Report on the administration of the Government Cinchona Department 1892-98
Year: 1892
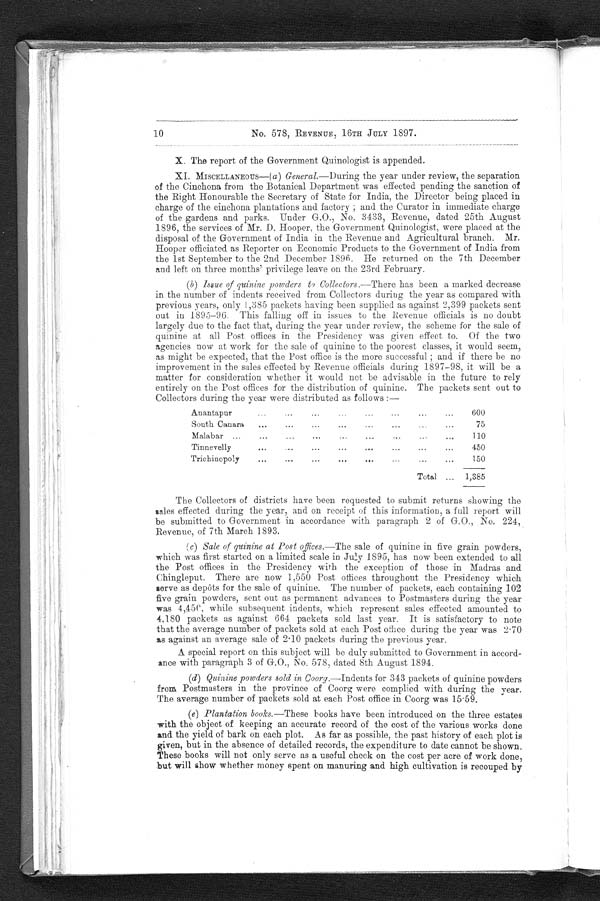
No. 578, REVENUE, 16TH JULY 1897.
X. The report of the Government Quinologist is appended.
XI. MISCELLANEOUS—( a ) General.—During the year under review, the separation
of the Cinchona from the Botanical Department was effected pending the sanction of
the Right Honourable the Secretary of State for India, the Director being placed in
charge of the cinchona plantations and factory ; and the Curator in immediate charge
of the gardens and parks. Under G.O., No. 3433, Revenue, dated 25th August
1896, the services of Mr. D. Hooper, the Government Quinologist, were placed at the
disposal of the Government of India in the Revenue and Agricultural branch. Mr.
Hooper officiated as Reporter on Economic Products to the Government of India from
the 1st September to the 2nd December 1896. He returned on the 7th December
and left on three months' privilege leave on the 23rd February.
( b ) Issue of quinine powders to Collectors .—There has been a marked decrease
in the number of indents received from Collectors during the year as compared with
previous years, only 1,385 packets having been supplied as against 2,399 packets sent
out in 1895–96. This falling off in issues to the Revenue officials is no doubt
largely due to the fact that, during the year under review, the scheme for the sale of
quinine at all Post offices in the Presidency was given effect to. Of the two
agencies now at work for the sale of quinine to the poorest classes, it would seem,
as might be expected, that the Post office is the more successful ; and if there be no
improvement in the sales effected by Revenue officials during 1897–98, it will be a
matter for consideration whether it would not be advisable in the future to rely
entirely on the Post offices for the distribution of quinine. The packets sent out to
Collectors during the year were distributed as follows :—
Anantapur
..
...
...
...
...
600
South Canara
...
...
...
...
...
...
...
...
75
Malabar ...
...
...
...
...
...
...
...
...
110
Tinnevelly
...
...
...
...
...
...
...
450
Trichinopoly
... • • •
...
...
...
...
...
...
150
Total ...
1,385
The Collectors of districts have been requested to submit returns showing the
sales effected during the year, and on receipt of this information, a full report will
be submitted to Government in accordance with paragraph 2 of G.O., No. 224,
Revenue, of 7th March 1893.
(c) Sale of quinine at Post offices .—The sale of quinine in five grain powders,
which was first started on a limited scale in July 1895, has now been extended to all
the Post offices in the Presidency with the exception of those in Madras and
Chingleput. There are now 1,550 Post offices throughout the Presidency which
serve as depôts for the sale of quinine. The number of packets, each containing 102
five grain powders, sent out as permanent advances to Postmasters during the year
was 4,450, while subsequent indents, which represent sales effected amounted to
4,180 packets as against 664 packets sold last year. It is satisfactory to note
that the average number of packets sold at each Post office during the year was 2.70
as against an average sale of 2 . 10 packets during the previous year.
A special report on this subject will be duly submitted to Government in accord-
ance with paragraph 3 of G.O., No. 578, dated 8th August 1894.
(d) Quinine powders sold in Coorg .—Indents for 343 packets of quinine powders
from Postmasters in the province of Coorg were complied with during the year.
The average number of packets sold at each Post office in Coorg was 15.59.
(e) Plantation books .—These books have been introduced on the three estates
with the object of keeping an accurate record of the cost of the various works done
and the yield of bark on each plot. As far as possible, the past history of each plot is
given, but in the absence of detailed records, the expenditure to date cannot be shown.
These books will not only serve as a useful check on the cost per acre of work done,
but will show whether money spent on manuring and high cultivation is recouped by
10